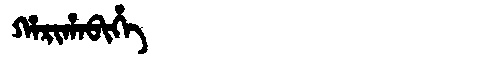
Manchu: ᡥᠠᡵᡳᡥᠠᠪᡳᡥᡝ
Romanization: HARIHABIHE